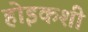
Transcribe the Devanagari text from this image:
होइकशी